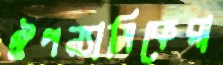
ঔপন্যাসিকেরা